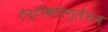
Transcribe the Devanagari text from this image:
ऐन्टीकोएगुलेंशन